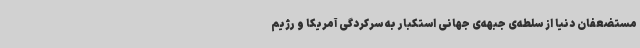
مستضعفان دنیا از سلطه‌ی جبهه‌ی جهانی استکبار به سرکردگی آمریکا و رژیم